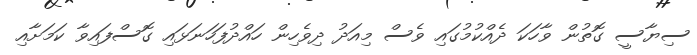
ސިޔާސީ ގޮތުން ވާހަކަ ދެއްކުމުގައި ވެސް މިއަދު ދިވެހިން ހައްދުފަހަނަޅައި ގޮސްފައިވާ ކަމަށާއި